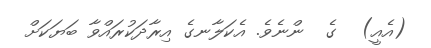
(އެއީ)  ގެ  ންނެވެ. އެކަލާނގެ އިރާދަކުރައްވާ ބަޔަކަށް